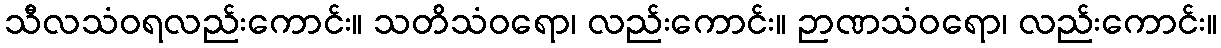
သီလသံဝရလည်းကောင်း။ သတိသံဝရော၊ လည်းကောင်း။ ဉာဏသံဝရော၊ လည်းကောင်း။